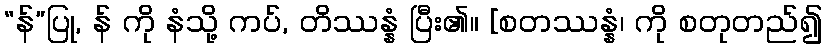
“န်”ပြု, န် ကို နံသို့ ကပ်, တိဿန္နံ ပြီး၏။ [စတဿန္နံ၊ ကို စတုတည်၍